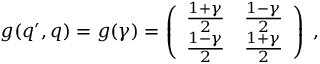
g ( q ^ { \prime } , q ) = g ( \gamma ) = \left( \begin{array} { c c } { { \frac { 1 + \gamma } { 2 } } } & { { \frac { 1 - \gamma } { 2 } } } \\ { { \frac { 1 - \gamma } { 2 } } } & { { \frac { 1 + \gamma } { 2 } } } \end{array} \right) \; ,